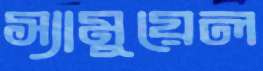
স্যামুয়েল